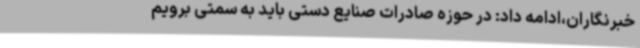
خبرنگاران،ادامه داد: در حوزه صادرات صنایع دستی باید به سمتی برویم